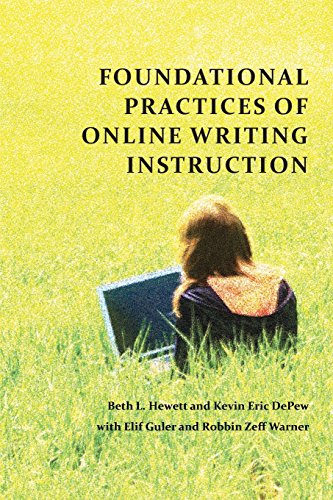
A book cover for Foundational Practices of Online Writing Instruction (Perspectives on Writing); Education & Teaching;